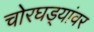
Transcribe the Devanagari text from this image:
चोरघड्यांवर